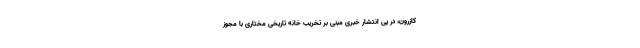
کازرون، در پی انتشار خبری مبنی بر تخریب خانه تاریخی مختاری با مجوز